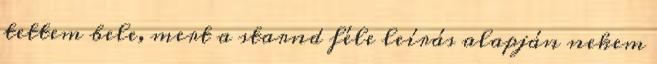
tettem bele, mert a starnd féle leírás alapján nekem